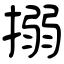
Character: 搦